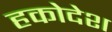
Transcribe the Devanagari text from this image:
हकोदेश